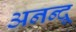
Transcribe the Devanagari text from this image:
अनन्‍दू